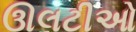
ઊલટીઓ